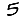
Digit: 5